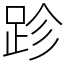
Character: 跈